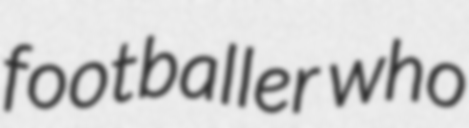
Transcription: footballer who